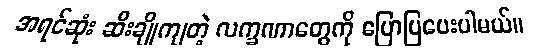
အရင်ဆုံး ဆီးချိုကျတဲ့ လက္ခဏာတွေကို ပြောပြပေးပါမယ်။